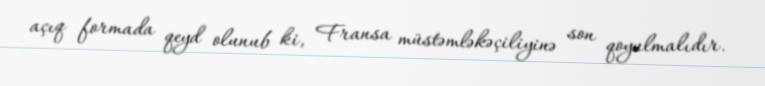
açıq formada qeyd olunub ki, Fransa müstəmləkəçiliyinə son qoyulmalıdır.